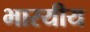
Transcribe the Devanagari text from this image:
भारयीय